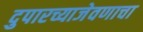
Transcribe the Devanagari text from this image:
दुपारच्याजेवणाचा